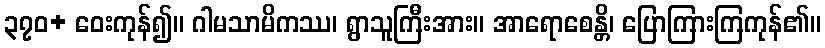
၃၇၀+ ဝေးကုန်၍။ ဂါမသာမိကဿ၊ ရွာသူကြီးအား။ အာရောစေန္တိ၊ ပြောကြားကြကုန်၏။